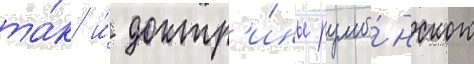
та́к и́ доктр'и́ны румы́нского